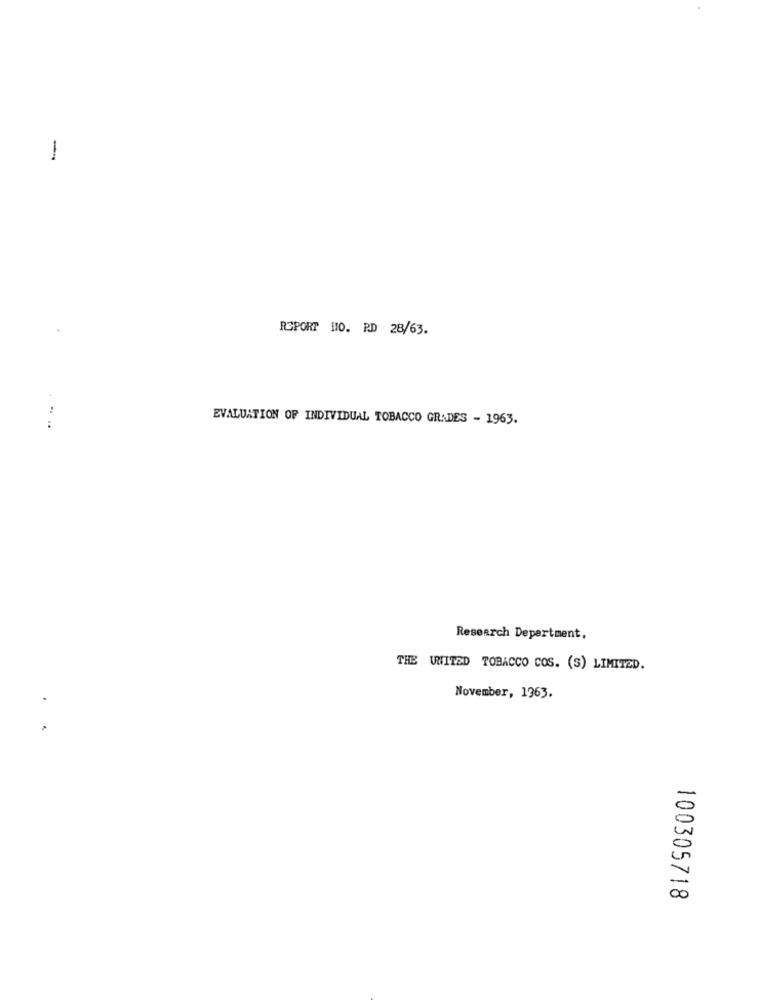
-
ROPORT 110. P.D 28/63.
EVALUATION OF INDIVIDUAL TOBACCO GRADES - 1963.
:
Research Department,
THE UNITED TOBACCO COS. (S) LIMITED.
November, 1963.
-
00
100305718